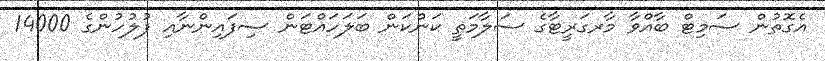
އެގޮތުން ސަމިޓް ބާއްވާ މާރގަރީޓާގެ ސަލާމަތީ ކަންކަން ބަލަހައްޓަން ސިފައިންނާއި ފުލުހުންގެ 14000